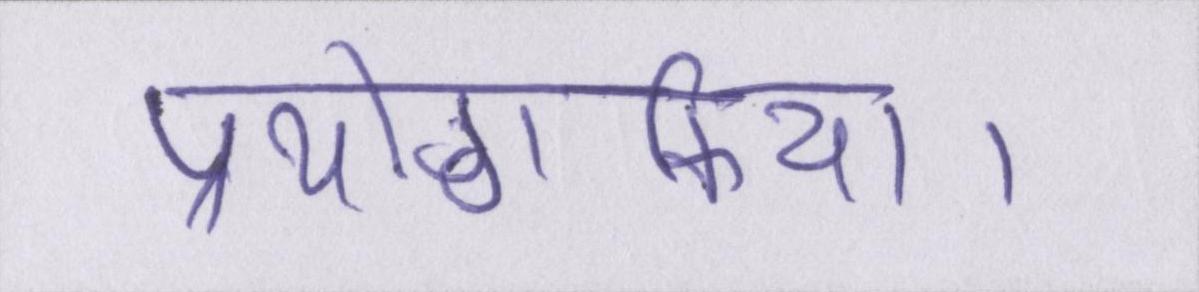
प्रयोगकिया।